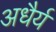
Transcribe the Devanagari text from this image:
अधैर्य